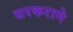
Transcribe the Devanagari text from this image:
सरकराने